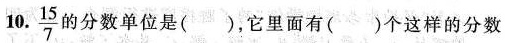
10. \frac{15}{7}的分数单位是()，它里面有()个这样的分数